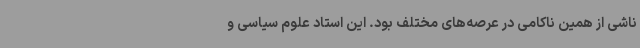
ناشی از همین ناکامی در عرصه‌های مختلف بود. این استاد علوم سیاسی و